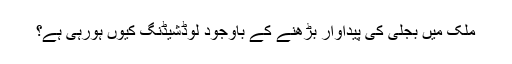
ملک میں بجلی کی پیداوار بڑھنے کے باوجود لوڈشیڈنگ کیوں ہورہی ہے؟